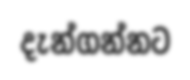
දැන්ගන්නට